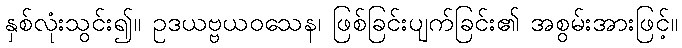
နှစ်လုံးသွင်း၍။ ဥဒယဗ္ဗယဝသေန၊ ဖြစ်ခြင်းပျက်ခြင်း၏ အစွမ်းအားဖြင့်။